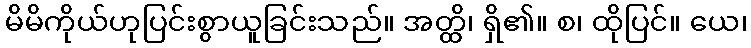
မိမိကိုယ်ဟုပြင်းစွာယူခြင်းသည်။ အတ္ထိ၊ ရှိ၏။ စ၊ ထိုပြင်။ ယေ၊